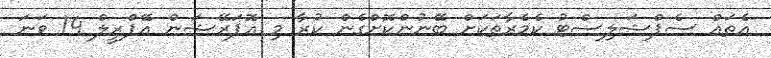
އެތައް ސެޕްޝަލިސްޓު ކެމެރާތަކަށް ބޭނުންކޮށްގެން ކުރާ މި އޮޕަރޭޝަން އޭޕްރީލް 14 ވަނަ